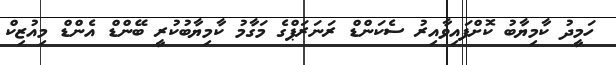
ހަމީދު ކާމިޔާބު ކޮށްފައިވާއިރު ސެކަންޑް ރަނަރަޕްގެ މަގާމު ކާމިޔާބުކުރީ ބޭންޑް އެންޑް މިއުޒިކް